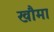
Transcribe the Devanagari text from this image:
खौमा